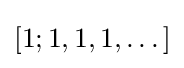
[1;1,1,1,\dots ]